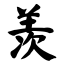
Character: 羡